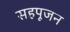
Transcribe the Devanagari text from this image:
सहपूजन